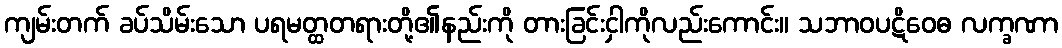
ကျမ်းတက် ခပ်သိမ်းသော ပရမတ္ထတရားတို့၏နည်းကို တားခြင်းငှါကိုလည်းကောင်း။ သဘာဝပဋိဝေဓ လက္ခဏာ